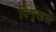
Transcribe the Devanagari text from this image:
विशृंखल